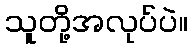
သူတို့အလုပ်ပဲ။